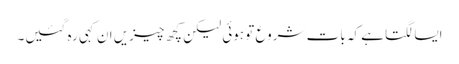
ایسا لگتا ہے کہ بات شروع تو ہوئی لیکن کچھ چیزیں ان کہی رہ گئیں۔